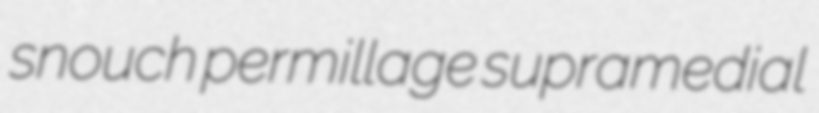
snouch permillage supramedial